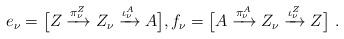
LaTeX: \begin{align*}e_\nu = \big[ Z \xrightarrow{\pi^Z_\nu} Z_\nu \xrightarrow{\iota^A_\nu} A \big] , f_\nu = \big[ A \xrightarrow{\pi^A_\nu} Z_\nu \xrightarrow{\iota^Z_\nu} Z \big] \ .\end{align*}